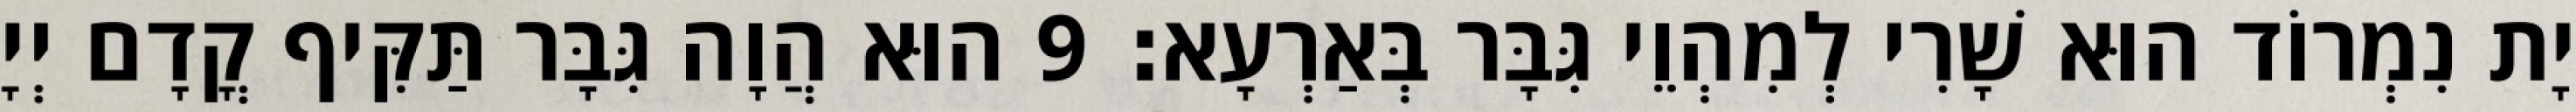
יָת נִמְרוֹד הוּא שָׁרִי לְמִהְוֵי גִּבָּר בְּאַרְעָא׃ 9 הוּא הֲוָה גִּבָּר תַּקִּיף קֳדָם יְיָ